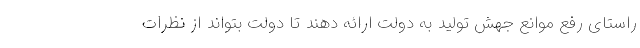
راستای رفع موانع جهش تولید به دولت ارائه دهند تا دولت بتواند از نظرات